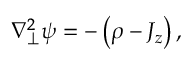
\nabla _ { \perp } ^ { 2 } \psi = - \left( \rho - J _ { z } \right) ,